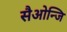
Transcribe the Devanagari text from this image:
सैओन्जि